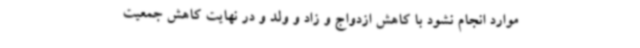
موارد انجام نشود با کاهش ازدواج و زاد و ولد و در نهایت کاهش جمعیت